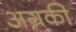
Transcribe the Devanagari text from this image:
अग्रकी